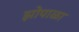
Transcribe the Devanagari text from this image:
झोपाळा